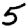
Digit: 5